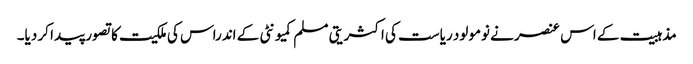
مذہبیت کے اس عنصر نے نومولود ریاست کی اکثریتی مسلم کمیونٹی کے اندراس کی ملکیت کا تصور پیدا کر دیا۔